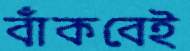
বাঁকবেই